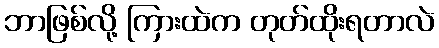
ဘာဖြစ်လို့ ကြားထဲက တုတ်ထိုးရတာလဲ